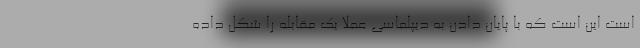
است این است که با پایان دادن به دیپلماسی عملا یک مقابله را شکل داده